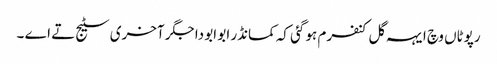
رپوٹاں وچ ایہہ گل کنفرم ہو گئی کہ کمانڈر ابو ابو دا جگر آخری سٹیج تے اے ۔